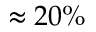
\approx 2 0 \%